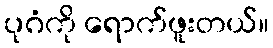
ပုဂံကို ရောက်ဖူးတယ်။